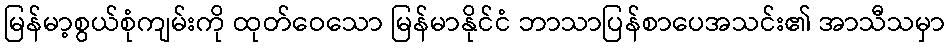
မြန်မာ့စွယ်စုံကျမ်းကို ထုတ်ဝေသော မြန်မာနိုင်ငံ ဘာသာပြန်စာပေအသင်း၏ အာသီသမှာ